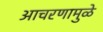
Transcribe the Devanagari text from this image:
आचरणामुळे